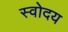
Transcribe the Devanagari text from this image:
स्वोदय